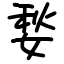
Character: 媝